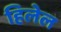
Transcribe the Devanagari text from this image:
हिलेल